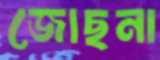
জোছনা